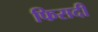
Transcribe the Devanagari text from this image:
फिसदी